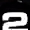
Digit: 2